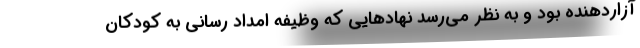
آزاردهنده بود و به نظر می‌رسد نهادهایی که وظیفه امداد رسانی به کودکان